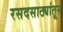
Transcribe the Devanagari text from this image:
रसदसाठ्यांतून